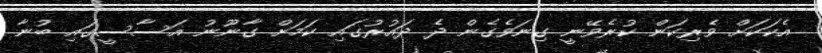
އެކަކަށް ވެރިކަން ކުރެވޭނީ ގިނަވެގެން ދެ ދައުރުގައި ކަމަށް ގާނޫނު އަސާސީގައި ބުނާ